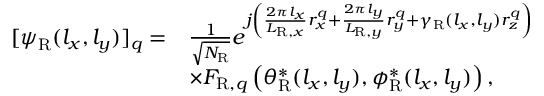
\begin{array} { r l } { [ \boldsymbol { \psi } _ { \mathrm { R } } ( l _ { x } , l _ { y } ) ] _ { q } = } & { \frac { 1 } { \sqrt { N _ { \mathrm { R } } } } e ^ { j \left( \frac { 2 \pi l _ { x } } { L _ { \mathrm { R } , x } } r _ { x } ^ { q } + \frac { 2 \pi l _ { y } } { L _ { \mathrm { R } , y } } r _ { y } ^ { q } + \gamma _ { \mathrm { R } } ( l _ { x } , l _ { y } ) r _ { z } ^ { q } \right) } } \\ & { \times F _ { \mathrm { R } , q } \left( \theta _ { \mathrm { R } } ^ { * } ( l _ { x } , l _ { y } ) , \phi _ { \mathrm { R } } ^ { * } ( l _ { x } , l _ { y } ) \right) , } \end{array}